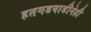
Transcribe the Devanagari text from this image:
हतगडवाडीनेही